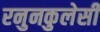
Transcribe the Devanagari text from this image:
रनुनकुलेसी